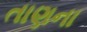
તાણના